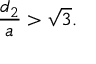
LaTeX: { \frac { d _ { 2 } } { a } } > { \sqrt { 3 } } .